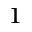
^ 1